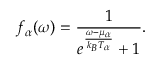
f _ { \alpha } ( \omega ) = \frac { 1 } { e ^ { \frac { \omega - \mu _ { \alpha } } { k _ { B } T _ { \alpha } } } + 1 } .